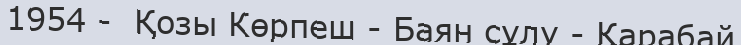
1954 -  Қозы Көрпеш - Баян сұлу - Қарабай